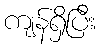
ကျန်ရှိပြီး